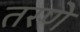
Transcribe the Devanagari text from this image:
तरणे